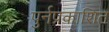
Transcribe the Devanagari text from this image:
पुर्नप्रकाशित